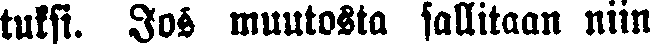
tuksi. Jos muutosta sallitaan niin